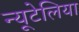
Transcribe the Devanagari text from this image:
न्यूटेलिया